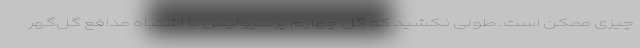
چیزی ممکن است. طولی نکشید که گل چهارم پرسپولیس با اشتباه مدافع گل‌گهر